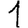
Digit: 1